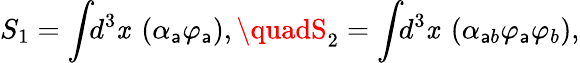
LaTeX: S_{1}=\int\! \! d^{3}\mathit{x}~\left(\alpha_{\mathsf{a}}\varphi_{\mathsf{a}}\right),\quadS_{2}=\int\! \! d^{3}\mathit{x}~\left(\alpha_{\mathsf{a}b}\varphi_{\mathsf{a}}\varphi_{b}\right),